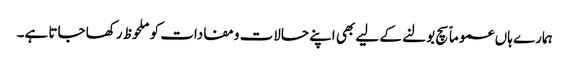
ہمارے ہاں عموماً سچ بولنے کے لیے بھی اپنے حالات ومفادات کو ملحوظ رکھا جاتا ہے۔